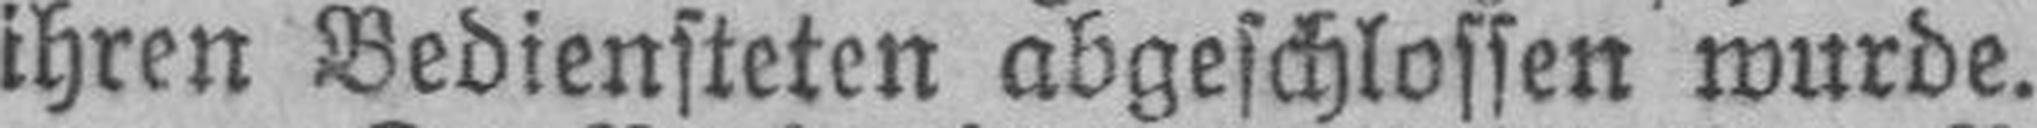
ihren Bediensteten abgeschlossen wurde.